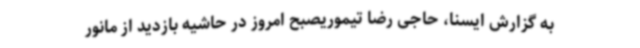
به گزارش ایسنا، حاجی رضا تیموریصبح امروز در حاشیه بازدید از مانور